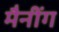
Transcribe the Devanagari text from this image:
मैनींग